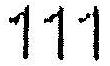
111